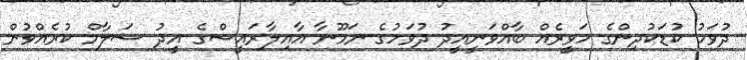
ދުވަހު ކުޑަކުދިންގެ ހަވީރެއް ބާއްވަނީއީދު ދުވަހުގެ ނަމޫނާ އާއިލާރައީސްގެ އީދު ސަލާމް ކުރެއްވުން